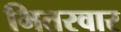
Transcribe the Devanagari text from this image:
भितरवार